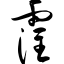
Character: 霪